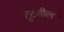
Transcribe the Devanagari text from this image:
टूटशील